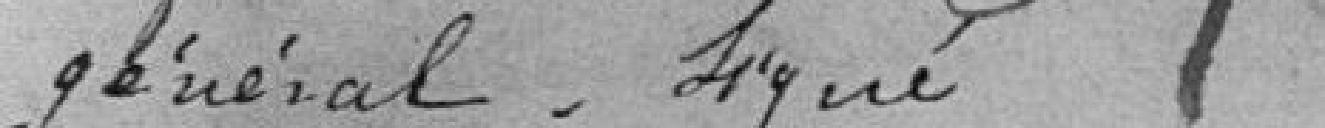
général. signé